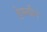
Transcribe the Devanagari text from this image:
हेनलीन